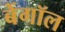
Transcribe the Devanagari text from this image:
बेंगॉल